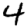
Digit: 4